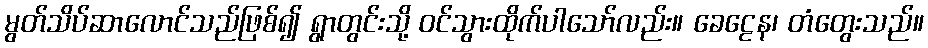
မွတ်သိပ်ဆာလောင်သည်ဖြစ်၍ ရွာတွင်းသို့ ဝင်သွားထိုက်ပါသော်လည်း။ ခေဠေန၊ တံတွေးသည်။